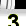
Digit: 3